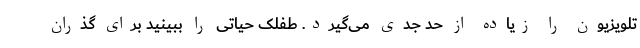
تلویزیون را زیاده از حد جدی می‌گیرد. طفلک حیاتی را ببینید برای گذران